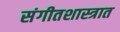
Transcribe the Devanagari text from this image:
संगीतशास्त्रात